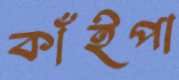
কাঁইপা